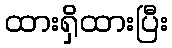
ထားရှိထားပြီး